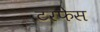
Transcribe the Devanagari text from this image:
टरफेस